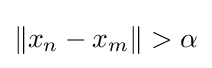
\|x_{n}-x_{m}\|>\alpha